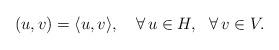
LaTeX: \begin{align*}(u,v)=\langle u,v\rangle,\ \ \ \forall\,u\in H,\ \ \forall\,v\in V.\end{align*}